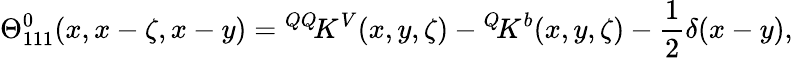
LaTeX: \Theta_{111}^{0}(x,x-\zeta,x-y)={^{QQ}\! K^{V}}(x,y,\zeta)-{^{Q}\! K^{b}}(x,y,\zeta)-\frac{1}{2}\delta(x-y),